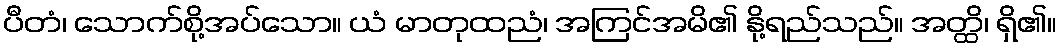
ပီတံ၊ သောက်စို့အပ်သော။ ယံ မာတုထညံ၊ အကြင်အမိ၏ နို့ရည်သည်။ အတ္ထိ၊ ရှိ၏။